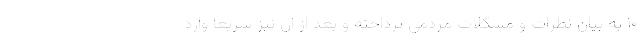
۱۰ به بیان نظرات و مشکلات مردمی پرداخته و بعد از آن نیز سریعا وارد